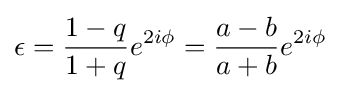
\epsilon ={\frac {1-q}{1+q}}e^{2i\phi }={\frac {a-b}{a+b}}e^{2i\phi }